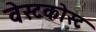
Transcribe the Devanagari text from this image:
वेस्टकोस्ट